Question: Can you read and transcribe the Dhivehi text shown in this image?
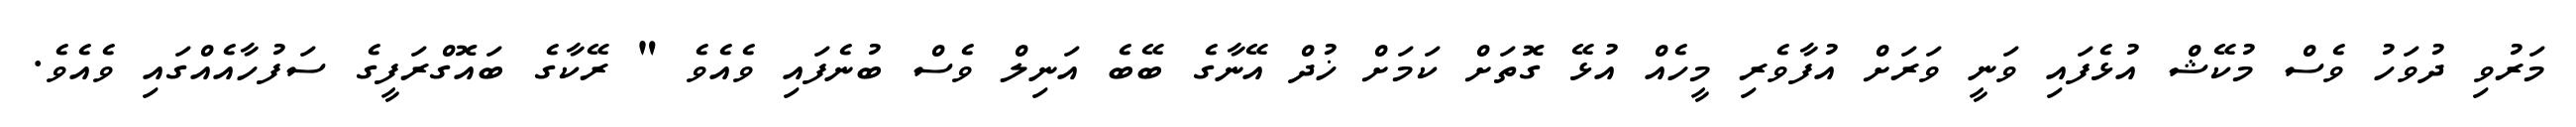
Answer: މަރުވި ދުވަހު ވެސް މުކޭޝް އުޅެފައި ވަނީ ވަރަށް އުފާވެރި މީހެއް އުޅޭ ގޮތަށް ކަމަށް ޚުދް އޭނާގެ ބޭބެ އަނިލް ވެސް ބުނެފައި ވެއެވެ " ރޭކާގެ ބައޮގްރަފީގެ ސަފުހާއެއްގައި ވެއެވެ.